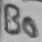
Text: B0